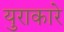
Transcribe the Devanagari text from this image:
युराकारे